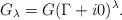
LaTeX: \begin{align*}G_\lambda=G(\Gamma+i0)^\lambda.\end{align*}